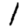
Digit: 1